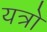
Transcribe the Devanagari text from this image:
यत्रो